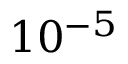
1 0 ^ { - 5 }